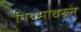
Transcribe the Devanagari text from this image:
नियमांवरुन